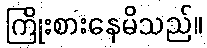
ကြိုးစားနေမိသည်။